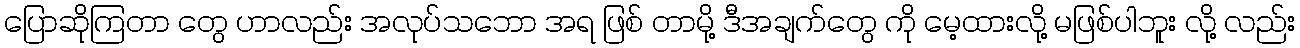
ပြောဆိုကြတာ တွေ ဟာလည်း အလုပ်သဘော အရ ဖြစ် တာမို့ ဒီအချက်တွေ ကို မေ့ထားလို့ မဖြစ်ပါဘူး လို့ လည်း